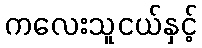
ကလေးသူငယ်နှင့်